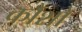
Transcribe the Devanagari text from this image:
कौशों